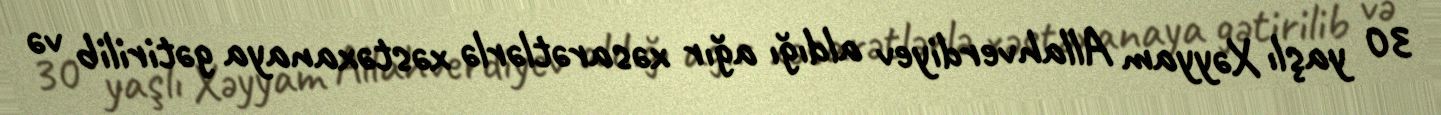
30 yaşlı Xəyyam Allahverdiyev aldığı ağır xəsarətlərlə xəstəxanaya gətirilib və